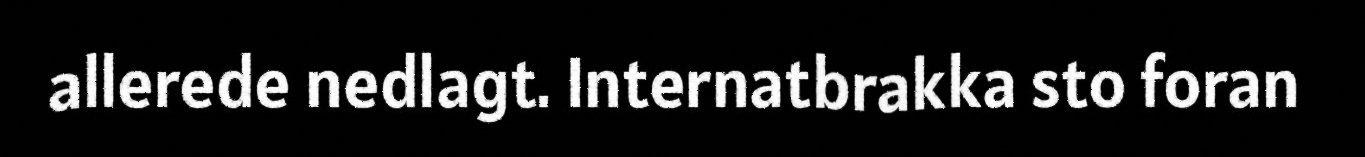
allerede nedlagt. Internatbrakka sto foran